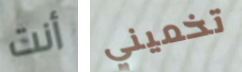
أنت تخميني